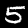
Label: 5